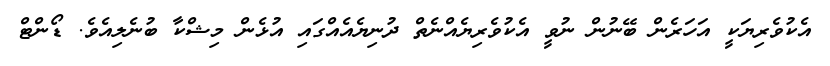
އެކުވެރިޔަކީ އަހަރެން ބޭނުން ނުވީ އެކުވެރިޔެއްނެތް ދުނިޔެއެއްގައި އުޅެން މިޝްކާ ބުނެލިއެވެ. ޑޯންޓް